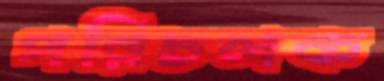
পরিচলক